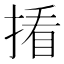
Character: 𪮑